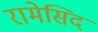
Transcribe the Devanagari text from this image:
रामेसिद